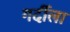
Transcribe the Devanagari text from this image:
गर्दीला